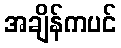
အချိန်ကပင်